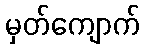
မှတ်ကျောက်